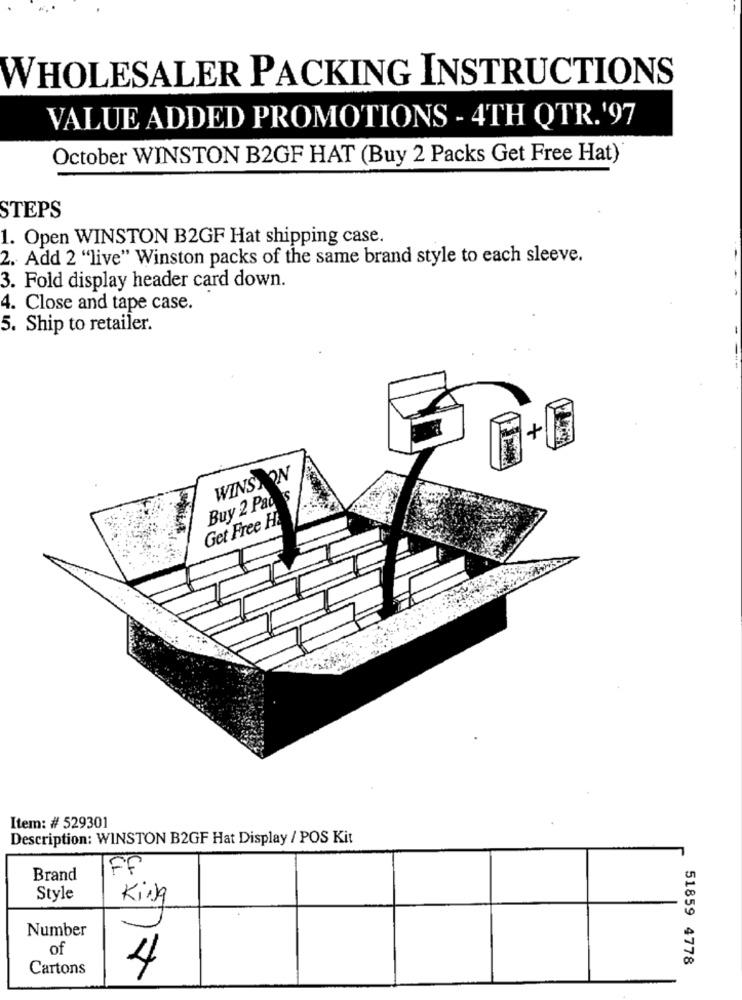
WHOLESALER PACKING INSTRUCTIONS
VALUE ADDED PROMOTIONS - 4TH QTR.'97
October WINSTON B2GF HAT (Buy 2 Packs Get Free Hat)
STEPS
1. Open WINSTON B2GF Hat shipping case.
2. Add 2 "live" Winston packs of the same brand style to each sleeve.
3. Fold display header card down.
4. Close and tape case.
5. Ship to retailer.
+
WINSTON
Buy 2 Pad
Get Free H
Item: # 529301
Description: WINSTON B2GF Hat Display / POS Kit
FF
Brand
Style
King
Number
of
51859 4778
Cartons
4